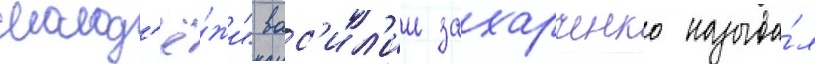
молод'ё́жи" вас'ил'ии захарченко называ́л